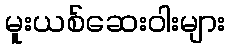
မူးယစ်ဆေးဝါးများ